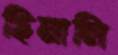
ছিনালি